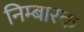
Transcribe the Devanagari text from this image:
निम्बारक